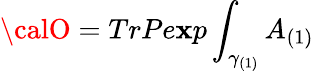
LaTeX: {\calO}=TrPe\mathbf{x}p\int_{\gamma_{(1)}}A_{(1)}